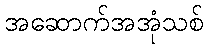
အဆောက်အအုံသစ်